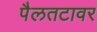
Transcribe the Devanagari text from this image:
पैलतटावर